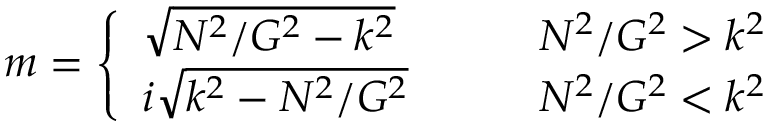
m = \left\{ \begin{array} { l l } { \sqrt { N ^ { 2 } / G ^ { 2 } - k ^ { 2 } } \qquad } & { N ^ { 2 } / G ^ { 2 } > k ^ { 2 } } \\ { i \sqrt { k ^ { 2 } - N ^ { 2 } / G ^ { 2 } } \qquad } & { N ^ { 2 } / G ^ { 2 } < k ^ { 2 } } \end{array} \right.